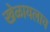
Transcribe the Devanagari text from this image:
खेळायलाच